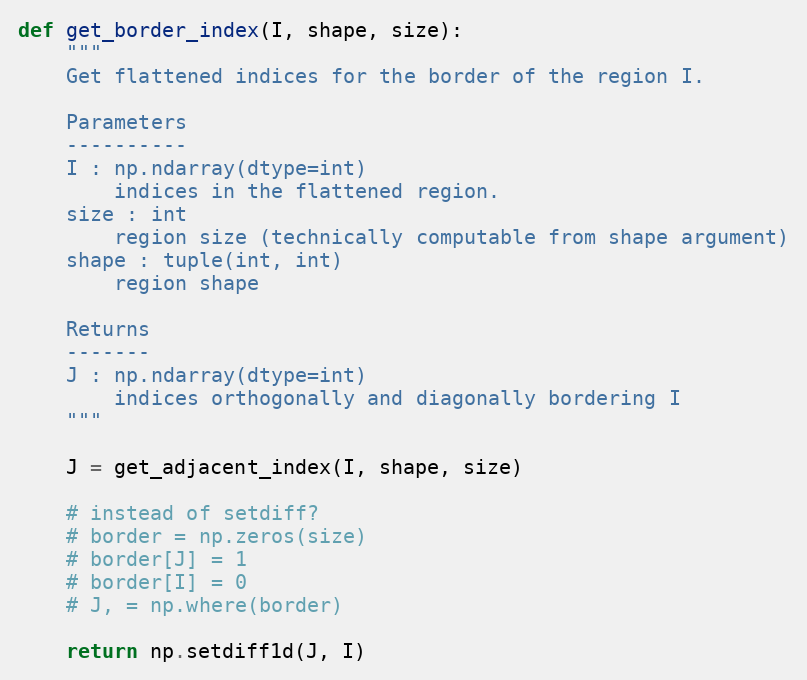
Language: Python
def get_border_index(I, shape, size):
    """
    Get flattened indices for the border of the region I.

    Parameters
    ----------
    I : np.ndarray(dtype=int)
        indices in the flattened region.
    size : int
        region size (technically computable from shape argument)
    shape : tuple(int, int)
        region shape

    Returns
    -------
    J : np.ndarray(dtype=int)
        indices orthogonally and diagonally bordering I
    """

    J = get_adjacent_index(I, shape, size)

    # instead of setdiff?
    # border = np.zeros(size)
    # border[J] = 1
    # border[I] = 0
    # J, = np.where(border)

    return np.setdiff1d(J, I)